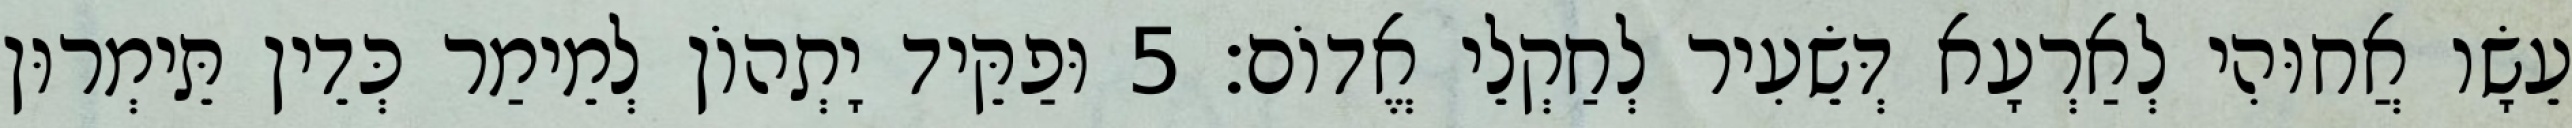
עֵשָׂו אֲחוּהִי לְאַרְעָא דְּשֵׂעִיר לְחַקְלֵי אֱדוֹם׃ 5 וּפַקֵּיד יָתְהוֹן לְמֵימַר כְּדֵין תֵּימְרוּן